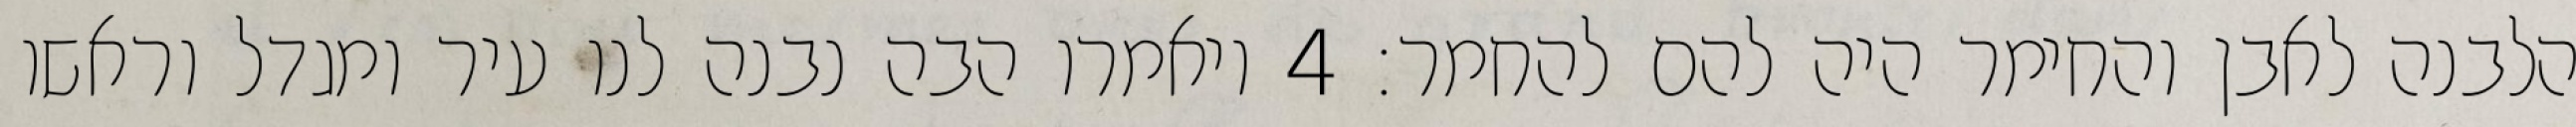
הלבנה לאבן והחימר היה להם להחמר׃ ‎4‏ ויאמרו הבה נבנה לנו עיר ומגדל וראשו